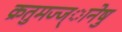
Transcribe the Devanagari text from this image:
क्रतुमज्ज्ानेषु